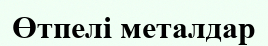
Өтпелі металдар